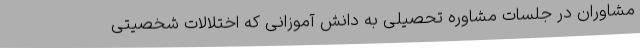
مشاوران در جلسات مشاوره تحصیلی به دانش آموزانی که اختلالات شخصیتی